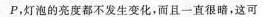
P，灯泡的亮度都不发生变化，而且一直很暗，这可